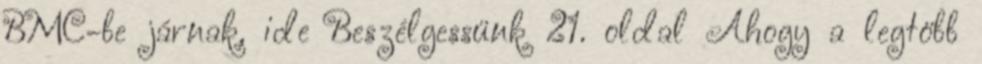
BMC-be járnak, ide Beszélgessünk 21. oldal Ahogy a legtöbb